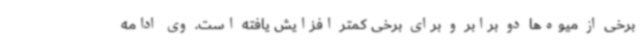
برخی از میوه‌ها دو برابر و برای برخی کمتر افزایش یافته است. وی ادامه